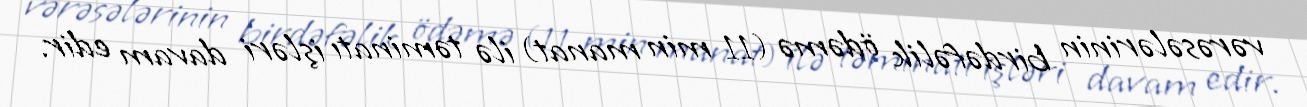
vərəsələrinin birdəfəlik ödəmə (11 min manat) ilə təminatı işləri davam edir.